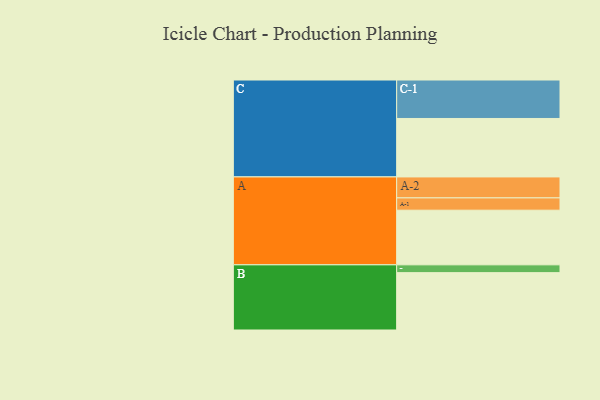
{"axis": {"x": "Segment", "y": "Value"}, "legend": ["", "A", "B", "C"], "data": [{"x": "A", "y": 399, "type": ""}, {"x": "B", "y": 419, "type": ""}, {"x": "C", "y": 427, "type": ""}, {"x": "A-1", "y": 90, "type": "A"}, {"x": "A-2", "y": 153, "type": "A"}, {"x": "B-1", "y": 57, "type": "B"}, {"x": "C-1", "y": 281, "type": "C"}]}